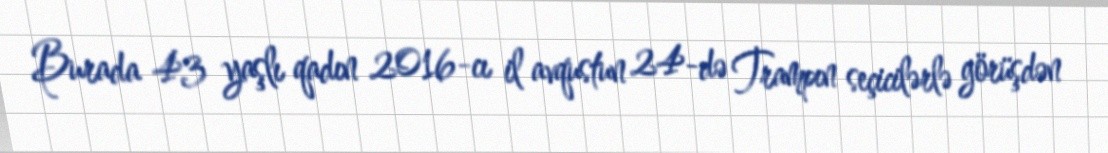
Burada 43 yaşlı qadın 2016-cı il avqustun 24-də Trampın seçicilərlə görüşdən